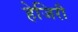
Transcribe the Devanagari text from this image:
हेजिरी